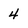
Character: 4